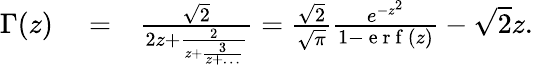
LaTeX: \begin{array}{rlr}{\Gamma(z)}&{{}=}&{\frac{\sqrt{2}}{2z+\frac{2}{z+\frac{3}{z+\dots}}}=\frac{\sqrt{2}}{\sqrt{\pi}}\frac{e^{-z^{2}}}{1-\mathrm{~e~r~f~}\left(z\right)}-\sqrt{2}z.}\end{array}